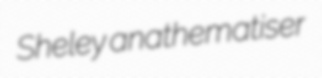
Sheley anathematiser